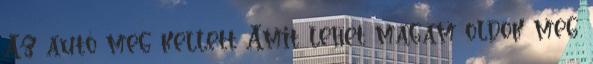
Az autó meg kellett Amit lehet magam oldok meg